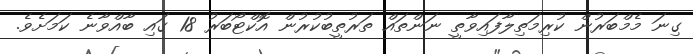
ގިނަ މެމްބަރުން ކުރިމަތިލާފައިވާތީ ނަންތައް ތަރުތީބުކުރުން އޮކްޓޯބަރު 18 ގައި ބާއްވާނެ ކަމަށެވެ.